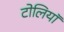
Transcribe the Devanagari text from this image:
टोलियॉ